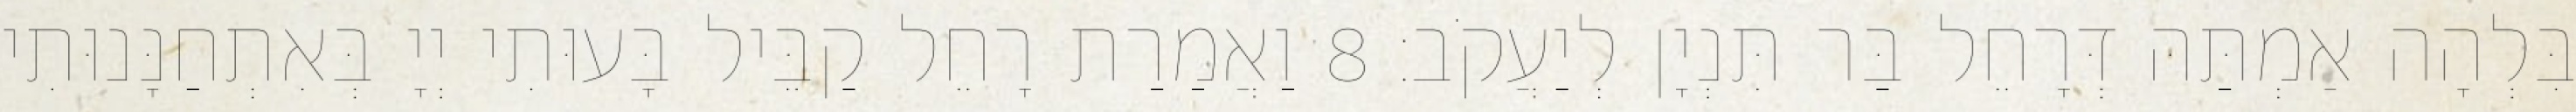
בִּלְהָה אַמְתַּהּ דְּרָחֵל בַּר תִּנְיָן לְיַעֲקֹב׃ 8 וַאֲמַרַת רָחֵל קַבֵּיל בָּעוּתִי יְיָ בְּאִתְחַנָּנוּתִי